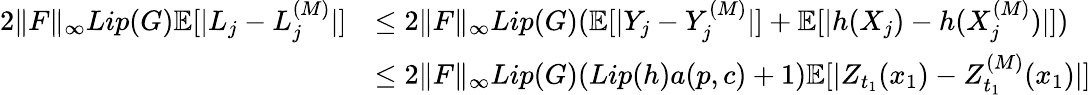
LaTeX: \begin{array}{rl}{2\| F\| _{\infty}Lip(G)\mathbb{E}[|L_{j}-L_{j}^{(M)}|]}&{\leq 2\| F\| _{\infty}Lip(G)(\mathbb{E}[|Y_{j}-Y_{j}^{(M)}|]+\mathbb{E}[|h(X_{j})-h(X_{j}^{(M)})|])}\\ &{\leq 2\| F\| _{\infty}Lip(G)(Lip(h)a(p,c)+1)\mathbb{E}[|Z_{t_{1}}(x_{1})-Z_{t_{1}}^{(M)}(x_{1})|]}\end{array}